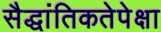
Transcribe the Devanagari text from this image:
सैद्धांतिकतेपेक्षा